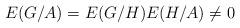
LaTeX: \begin{align*}E(G/A) = E(G/H)E(H/A) \neq 0\end{align*}